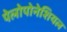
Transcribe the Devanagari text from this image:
पेलोपोनेशियल